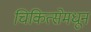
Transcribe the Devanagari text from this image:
चिकित्सेमधून